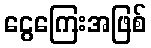
ငွေကြေးအဖြစ်